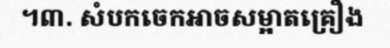
។៣. សំបកចេកអាចសម្អាតគ្រឿង